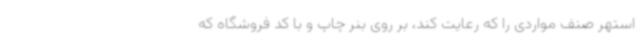
استهر صنف مواردی را که رعایت کند، بر روی بنر چاپ و با کد فروشگاه که